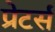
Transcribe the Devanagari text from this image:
प्रेटर्स